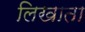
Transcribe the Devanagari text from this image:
लिखाता